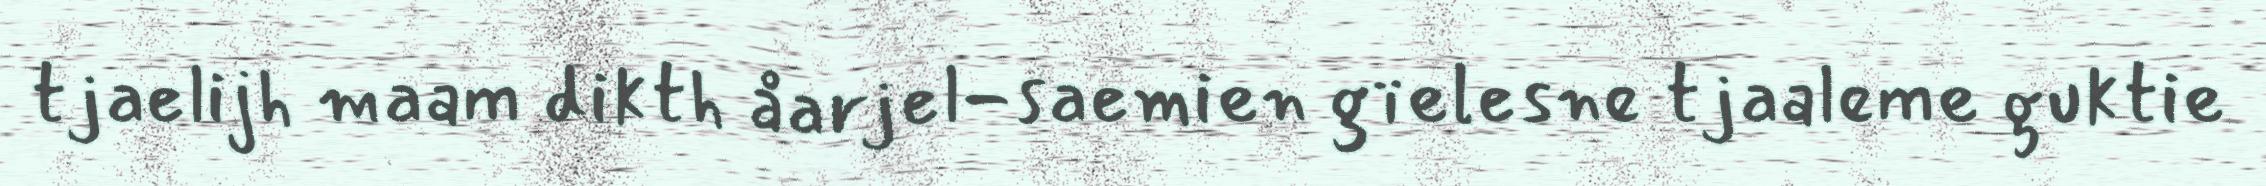
tjaelijh maam dikth åarjel-saemien gïelesne tjaaleme guktie